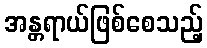
အန္တရာယ်ဖြစ်စေသည့်